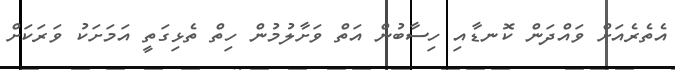
އެތެރެއަށް ވައްދަން ކޮނޑާއި ހިސާބުން އަތް ވަށާލުމުން ހިތް ތެޅިގަތީ އަމަށަކު ވަރަކަށް